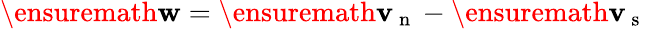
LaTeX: \ensuremath{\mathbf{w}}=\ensuremath{\mathbf{v}_{\mathrm{~n~}}}-\ensuremath{\mathbf{v}_{\mathrm{~s~}}}